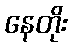
နေတိုး